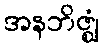
အနဘိဇ္ဈံ